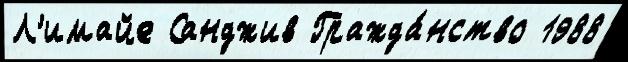
Л'имайе Санджив Гражда́нство 1988